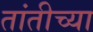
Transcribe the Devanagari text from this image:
तांतीच्या